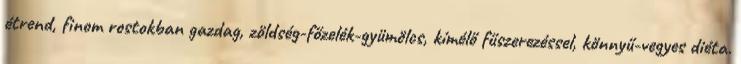
étrend, finom rostokban gazdag, zöldség-főzelék-gyümölcs, kímélő fűszerezéssel, könnyű-vegyes diéta.